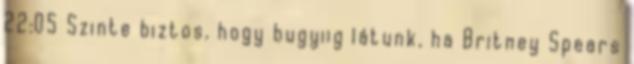
22:05 Szinte biztos, hogy bugyiig látunk, ha Britney Spears